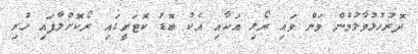
ދޮރުހުޅުވާލުމުން ވަން ވައި ރޯޅި އަކާއި އެކު ބޮޑު ކޮޓަރީގައި ރޯކޮށްލާފައި ހުރި